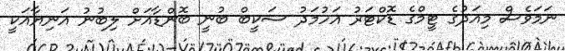
ނަމަވެސް މިއަދުގެ ޓީމްގެ ޑޮކްޓަރު އަހުމަދު ސަކީބް ބުނީ ބޮންޑާއަށް ލިބުނު އަނިޔާއަކީ